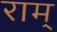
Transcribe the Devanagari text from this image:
राम्‌